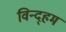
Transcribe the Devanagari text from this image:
विन्द्हम